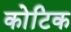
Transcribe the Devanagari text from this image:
कोटिक